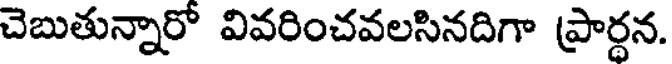
చెబుతున్నారో వివరించవలసినదిగా ప్రార్ధన.